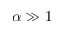
\alpha \gg 1